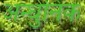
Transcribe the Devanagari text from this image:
अन्धुनिक